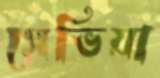
সেভিয়া